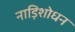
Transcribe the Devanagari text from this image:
नाड़िशोधन